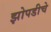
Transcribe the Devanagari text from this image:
झोपडीचे